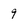
Character: 9